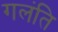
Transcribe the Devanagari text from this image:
गलंति